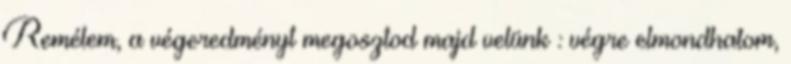
Remélem, a végeredményt megosztod majd velünk : végre elmondhatom,